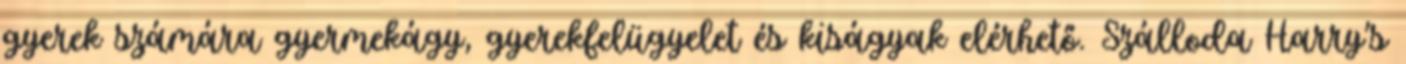
gyerek számára gyermekágy, gyerekfelügyelet és kiságyak elérhető. Szálloda Harry's